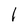
Character: I